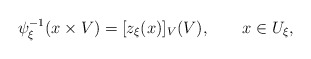
\begin{align*}\psi^{-1}_\xi (x\times V)= [z_\xi (x)]_V (V), \qquad x\in U_\xi,\end{align*}